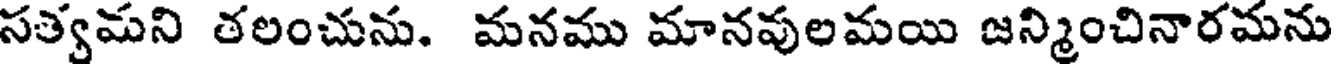
సత్వమని తలంచును. మనము మానవులమయి జన్మించినారమను